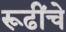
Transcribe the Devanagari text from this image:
रूढींचे